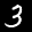
Label: 3